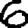
Digit: 6